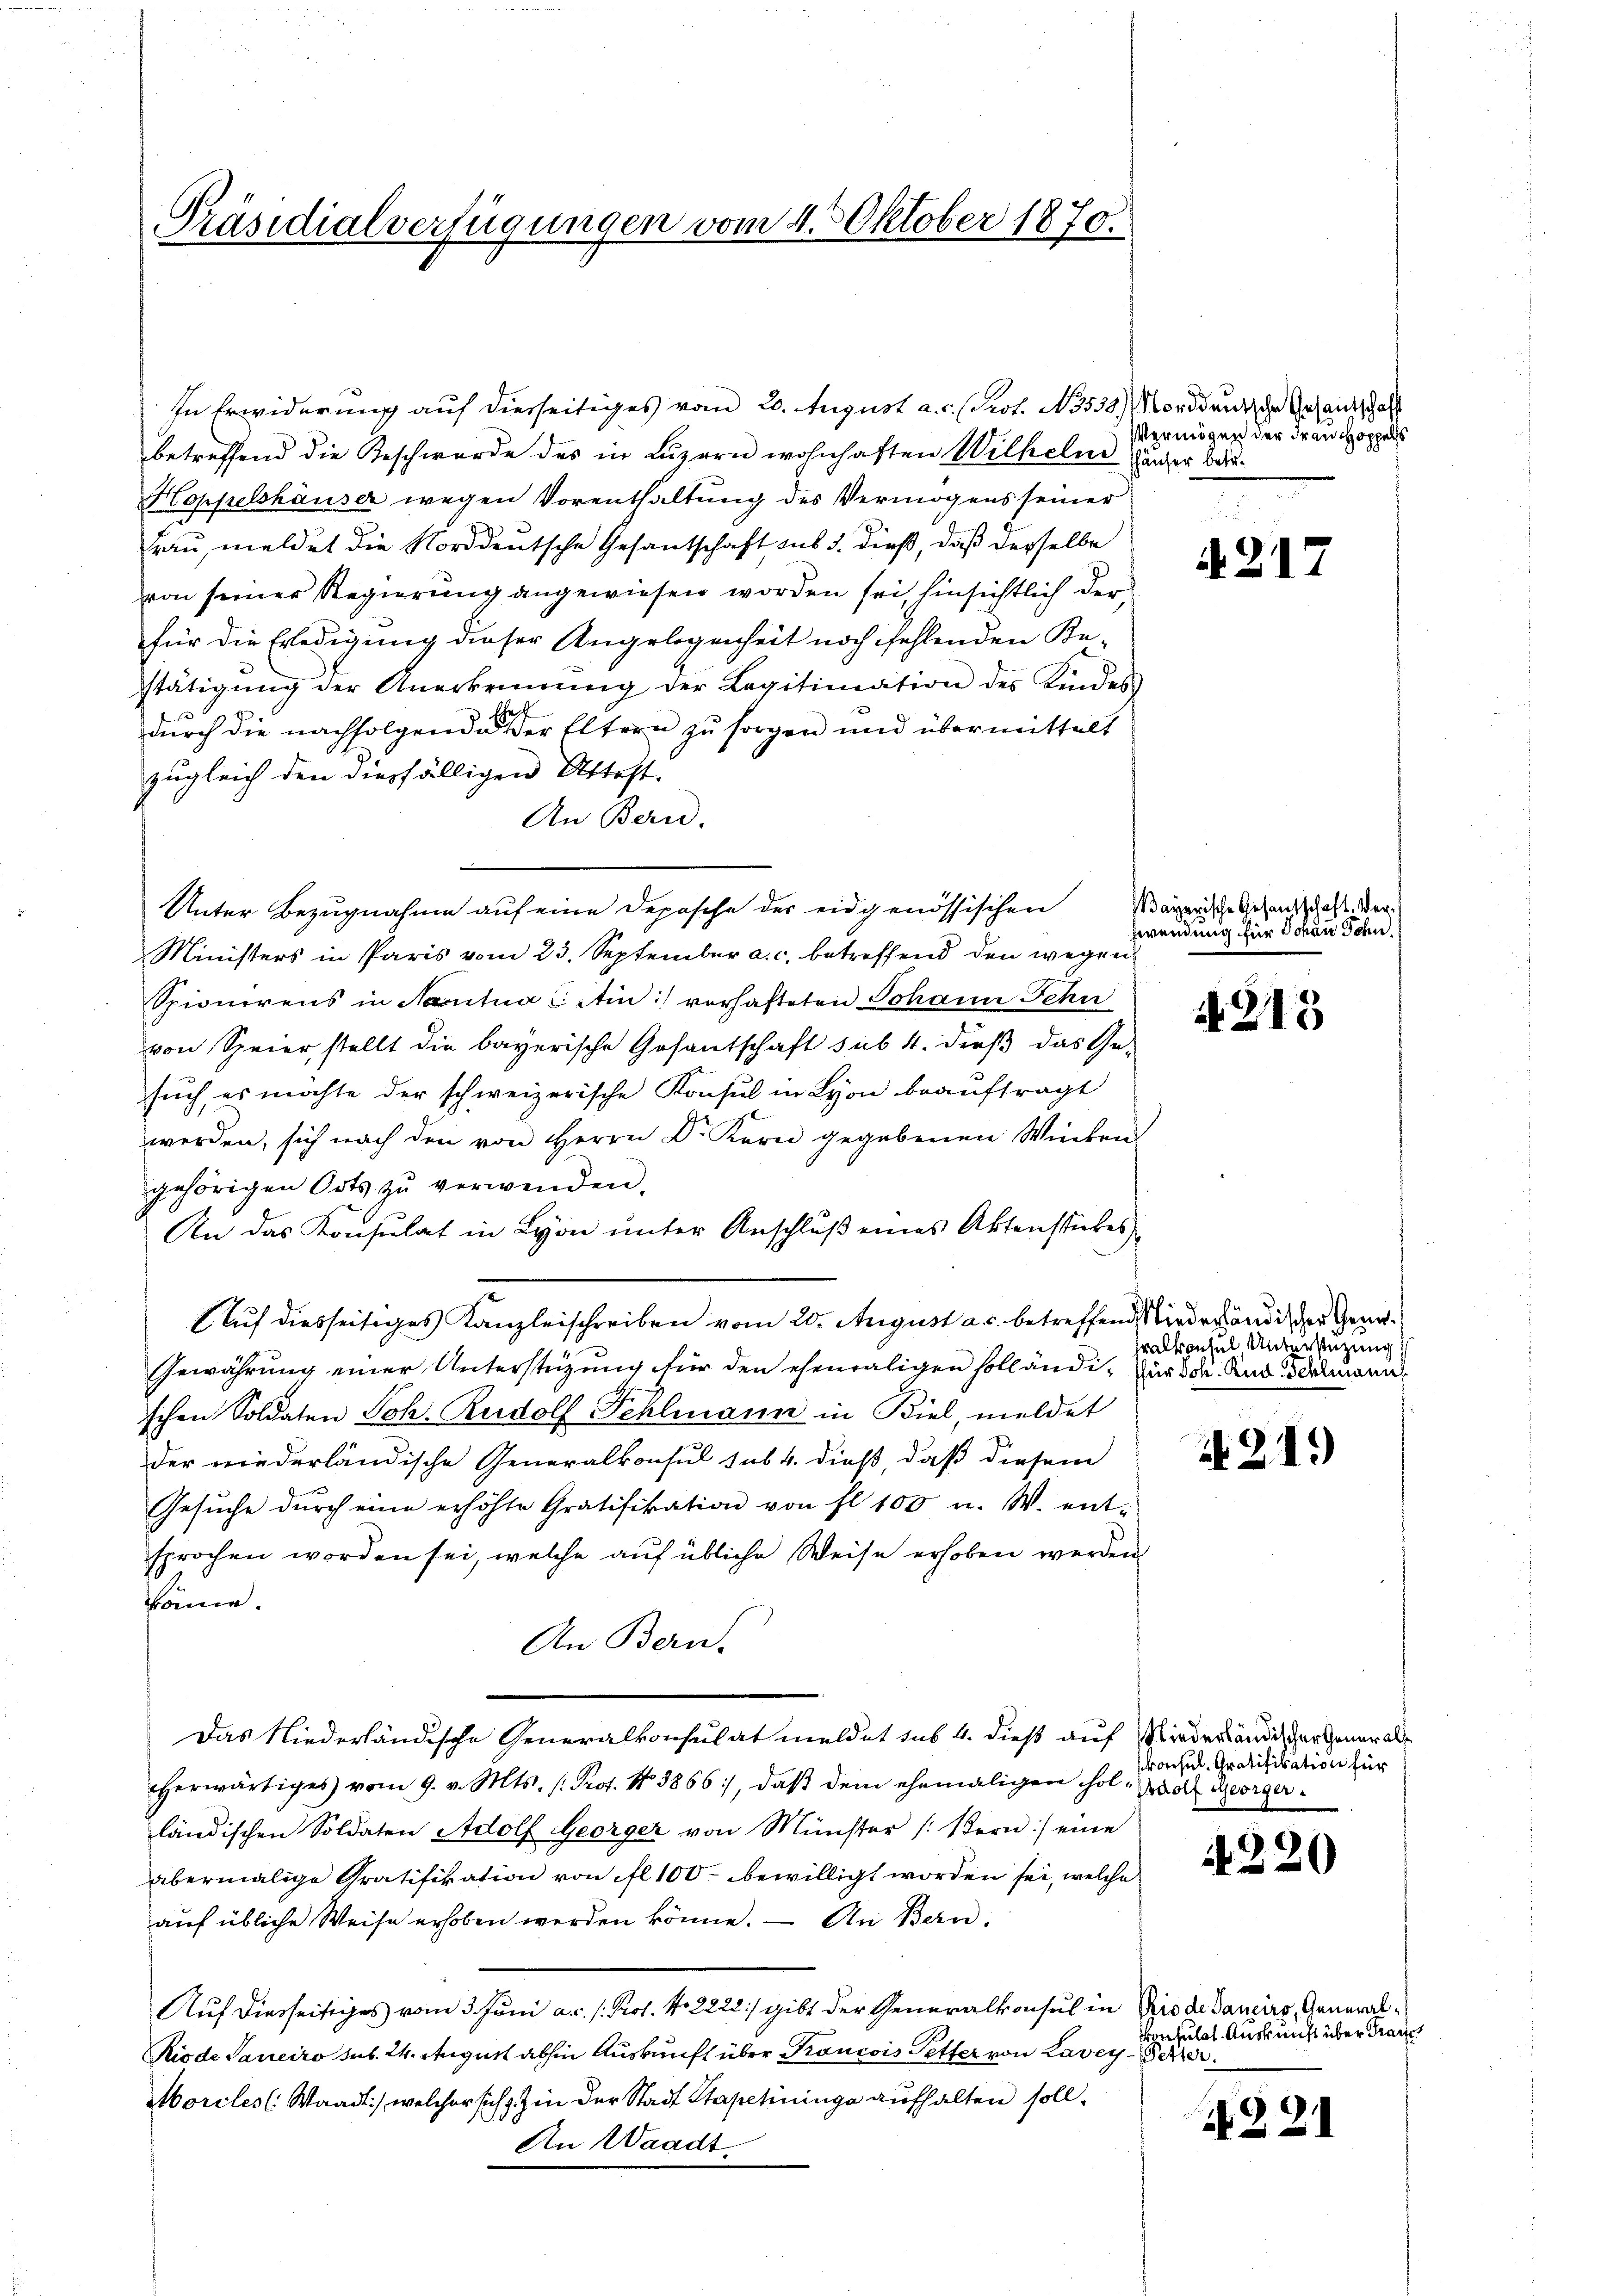
Präsidialverfügungen vom 1. Oktober 1870.

betreffend die Beschwerde des in Luzern wohnhaften Wilhelnd zuger Bar¬
Hoppelshäuser wegen Vorenthaltung des Vermögens seiner
Frau, meldet die Norddeutsche Gesantschaft sub 3. dieß, daß derselbe
von seiner Regierung angewiesen worden sei, hinsichtlich der
für die Erledigung dieser Angelegenheit noch fehlenden Bestätigŭng der Anerkennung der Legitimation des Kindes
sach
durch die nachfolgende der Eltern zu sorgen und übermittelt
zugleich den diesfälligen Attest.
An Bern.
Unter Bezugnahme auf eine Deposche der eidgenössischen
Ministers in Paris vom 23. September a. c. betreffend den wegen
Spionirens in Nanita CAin:/ vorhafteten Johann Fehu
von Speier, stellt die bayerische Gesantschaft sub. 4. dieß das Ge-
sŭch, es möchte der schweizerische Konsul in Lyon beaŭftragt
werden, sich nach den von Herrn Dr. Kern gegebenen Winken-
gehörigen Orts zŭ verwenden.
An das Konsulat in Lyon unter Anschluß eines Aktenstückes
Auf diesseitiges Kanzleischreiben vom 20. August au. betreffend Niederländis der Gene¬
Gewährung einer Unterstüzung für den ehemaligen solländi- Zürich. Und demannschen Soldaten Joh. Rudolf Fehlmann in Biel, meldet
der niederländische Generalkonsul sub. 4. dieß, daß diesem
Gesŭche dŭrch eine erhöhte Gratifikation von fl. 100 u. W. ent-
sprochen worden sei, welche auf übliche Weise erhoben werden
käme.
An Bern-
Das Niederländische Generalkonsulat meldet sub 4. dieß auf Niederländischer Generalherwärtiges vom 9. v. Mts. (: Prof. No. 3866), daß dem ehemaligen hold Georgerländischen Soldaten Adolf Georger von Münster (Bern :/ eine
abermalige Gratifikation von fl 100 bewilligt worden sei, welche
auf übliche Weise erhoben werden könne. — An Bern.
Auf diesseitiges vom 3. Juni a.c. s. Prof. No. 2222) gibt der Generalkonsul in Brode dancirs, General¬
Riode Janeiro sub. 24. August abhin Auskunft über Prancois Petter von Lavey-Peter
Morcles (Waadt) welcher sich in der Stadt Stapetininge aufhalten soll¬
An Waadt.

In Erwiderung auf diesseitiges vom 20. August a. c. (Prot. No 538. Norddeutsche Gesandtschaft

Vermögen der Frau Hoppells

A. 217

Bayerische Gesandtschaft. Verbwendung für Johan Schn

4213

ralkonsul Unterstüzung

21.)

rorchel. Gratifikation für

N 220

N 221

onsulat Auskunft über Trauet